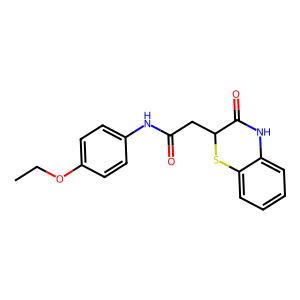
SMILES: CCOc1ccc(NC(=O)CC2Sc3ccccc3NC2=O)cc1
Inhibits HIV replication: No